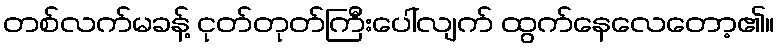
တစ်လက်မခန့် ငုတ်တုတ်ကြီးပေါ်လျက် ထွက်နေလေတော့၏။